Indian journal of veterinary science and animal husbandry - Volumes 24-25, 1954-1955
Year: 1954
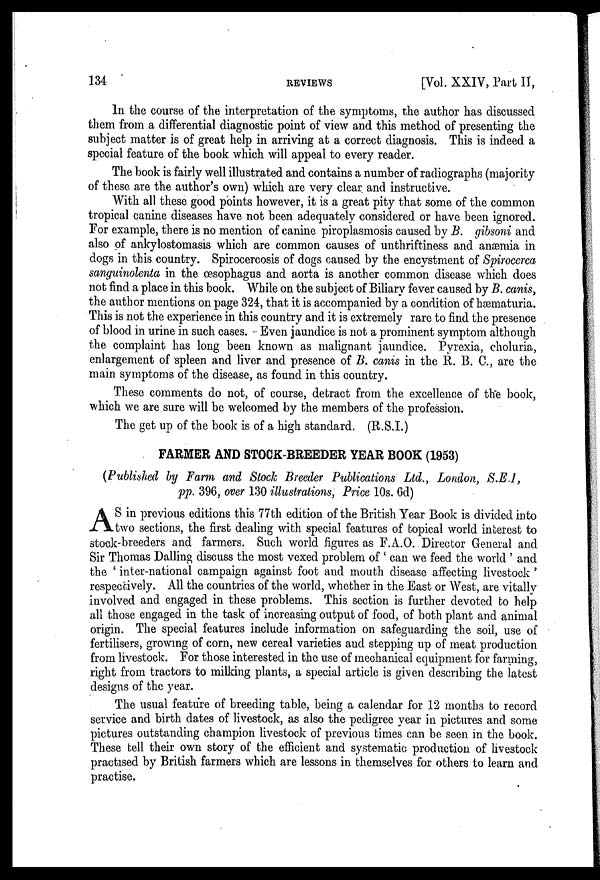
134
REVIEWS
[Vol. XXIV, Part II,
In the course of the interpretation of the symptoms, the author has discussed
them from a differential diagnostic point of view and this method of presenting the
subject matter is of great help in arriving at a correct diagnosis. This is indeed a
special feature of the book which will appeal to every reader.
The book is fairly well illustrated and contains a number of radiographs (majority
of these are the author's own) which are very clear and instructive.
With all these good points however, it is a great pity that some of the common
tropical canine diseases have not been adequately considered or have been ignored.
For example, there is no mention of canine piroplasmosis caused by B. gibsoni and
also of ankylostomiasis which are common causes of unthriftiness and anæmia in
dogs in this country. Spirocercosis of dogs caused by the encystment of Spirocerca
sanguinolenta in the œsophagus and aorta is another common disease which does
not find a place in this book. While on the subject of Biliary fever caused by B. canis,
the author mentions on page 324, that it is accompanied by a condition of hæmaturia.
This is not the experience in this country and it is extremely rare to find the presence
of blood in urine in such cases. Even jaundice is not a prominent symptom although
the complaint has long been known as malignant jaundice. Pyrexia, choluria,
enlargement of spleen and liver and presence of B. canis in the R. B. C., are the
main symptoms of the disease, as found in this country.
These comments do not, of course, detract from the excellence of the book,
which we are sure will be welcomed by the members of the profession.
The get up of the book is of a high standard. (R.S.I.)
FARMER AND STOCK-BREEDER YEAR BOOK (1953)
(Published by Farm and Stock Breeder Publications Ltd., London, S.E.I,
pp. 396, over 130 illustrations, Price 10s. 6d)
A S in previous editions this 77th edition of the British Year Book is divided into
two sections, the first dealing with special features of topical world interest to
stock-breeders and farmers. Such world figures as F.A.O. Director General and
Sir Thomas Dalling discuss the most vexed problem of 'can we feed the world' and
the 'inter-national campaign against foot and mouth disease affecting livestock'
respectively. All the countries of the world, whether in the East or West, are vitally
involved and engaged in these problems. This section is further devoted to help
all those engaged in the task of increasing output of food, of both plant and animal
origin. The special features include information on safeguarding the soil, use of
fertilisers, growing of corn, new cereal varieties and stepping up of meat production
from livestock. For those interested in the use of mechanical equipment for farming,
right from tractors to milking plants, a special article is given describing the latest
designs of the year.
The usual feature of breeding table, being a calendar for 12 months to record
service and birth dates of livestock, as also the pedigree year in pictures and some
pictures outstanding champion livestock of previous times can be seen in the book.
These tell their own story of the efficient and systematic production of livestock
practised by British farmers which are lessons in themselves for others to learn and
practise.